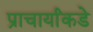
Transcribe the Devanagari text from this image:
प्राचार्यांकडे